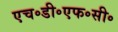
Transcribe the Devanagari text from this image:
एच॰डी॰एफ॰सी॰